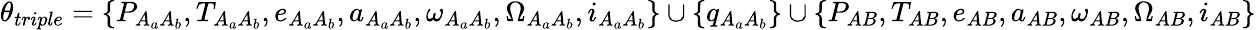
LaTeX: \theta_{triple}=\{ P_{A_{a}A_{b}},T_{A_{a}A_{b}},e_{A_{a}A_{b}},a_{A_{a}A_{b}},\omega_{A_{a}A_{b}},\Omega_{A_{a}A_{b}},i_{A_{a}A_{b}}\} \cup\{ q_{A_{a}A_{b}}\} \cup\{ P_{AB},T_{AB},e_{AB},a_{AB},\omega_{AB},\Omega_{AB},i_{AB}\}